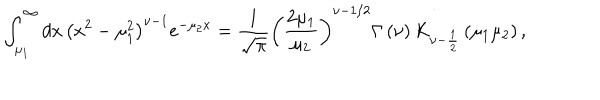
\int _ { \mu _ { 1 } } ^ { \infty } d x \, \left( x ^ { 2 } - \mu _ { 1 } ^ { 2 } \right) ^ { \nu - 1 } e ^ { - \mu _ { 2 } x } = \frac { 1 } { \sqrt { \pi } } \left( \frac { 2 \mu _ { 1 } } { \mu _ { 2 } } \right) ^ { \nu - 1 / 2 } \Gamma \left( \nu \right) K _ { \nu - \frac { 1 } { 2 } } \left( \mu _ { 1 } \mu _ { 2 } \right) ,